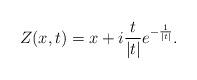
LaTeX: \begin{align*}Z(x,t)=x+i\frac{t}{|t|}e^{-\frac{1}{|t|}}.\end{align*}